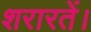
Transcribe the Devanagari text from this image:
शरारतें।